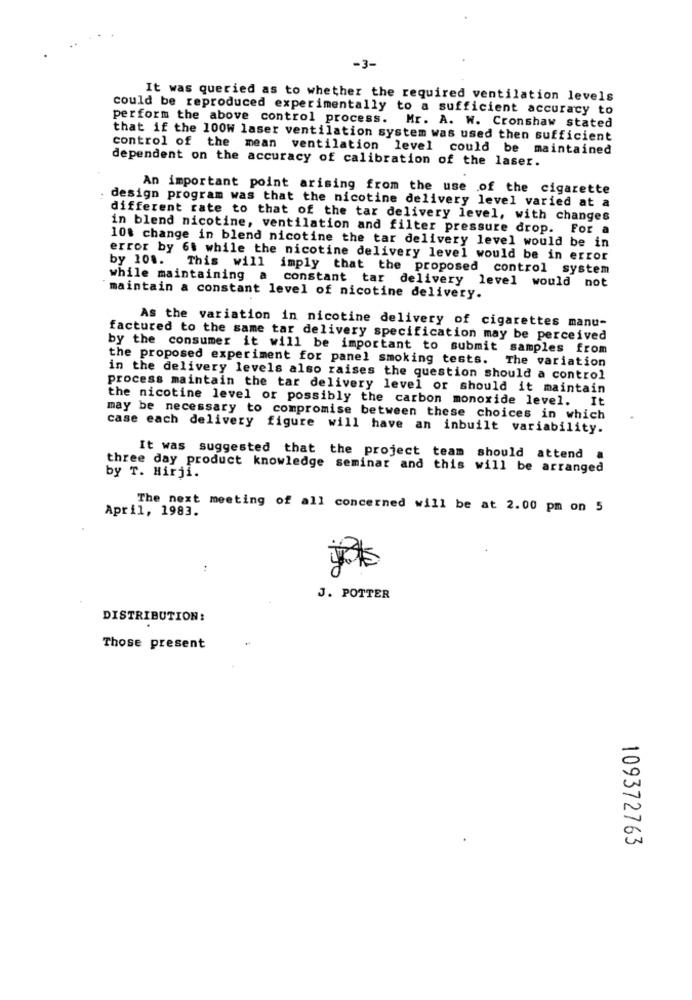
-3-
It was queried as to whether the required ventilation levels
could be reproduced experimentally to a sufficient accuracy to
perform the above control process. Mr. A. W. Cronshaw stated
that if the 100W laser ventilation system was used then sufficient
control of the mean ventilation level could be maintained
dependent on the accuracy of calibration of the laser.
An important point arising from the use of the cigarette
design program was that the nicotine delivery level varied at a
different rate to that of the tar delivery level, with changes
in blend nicotine, ventilation and filter pressure drop. For a
10% change in blend nicotine the tar delivery level would be in
error by 6t while the nicotine delivery level would be in error
by 10 .. This will imply that the proposed control system
while maintaining a constant tar delivery level would not
`maintain a constant level of nicotine delivery.
As the variation in nicotine delivery of cigarettes manu-
factured to the same tar delivery specification may be perceived
by the consumer it will be important to submit samples from
the proposed experiment for panel smoking tests. The variation
in the delivery levels also raises the question should a control
process maintain the tar delivery level or should it maintain
the nicotine level or possibly the carbon monoxide level. It
may be necessary to compromise between these choices in which
case each delivery figure will have an inbuilt variability.
It was suggested that the project team should attend a
three day product knowledge seminar and this will be arranged
by T. Hirji.
The next meeting of all concerned will be at 2.00 pm on 5
April, 1983.
J. POTTER
DISTRIBUTION :
Those present
109372763